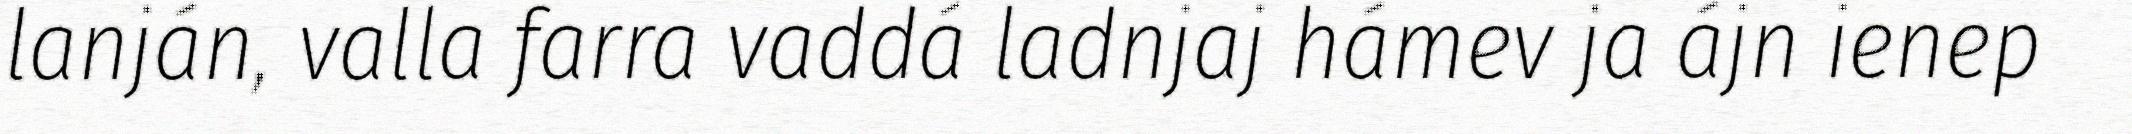
lanján, valla farra vaddá ladnjaj hámev ja ájn ienep